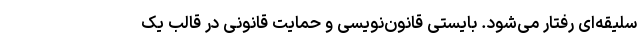
سلیقه‌ای رفتار می‌شود. بایستی قانون‌نویسی و حمایت قانونی در قالب یک